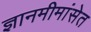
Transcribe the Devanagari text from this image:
ज्ञानमीमांसेत